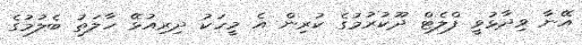
އޭނާ ވިދާޅުވީ ފްލެޓް ދޫކުރުމުގެ ކުރިން އެ މީހަކު ދިރިއުޅޭ ހާލަތު ބެލުމުގެ